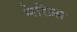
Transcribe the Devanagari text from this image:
मेरिन्र्स